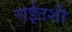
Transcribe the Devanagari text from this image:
राईटशी